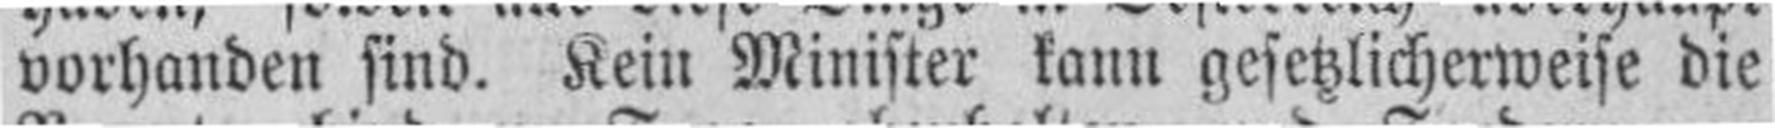
vorhanden sind. Kein Minister kann gesetzlicherweise die